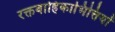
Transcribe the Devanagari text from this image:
रक्तवाहिकाभित्तियों